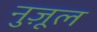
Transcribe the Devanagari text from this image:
नुज़ूल